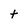
Character: t